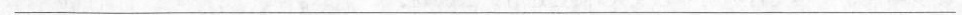
___